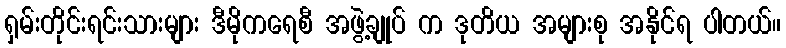
ရှမ်းတိုင်းရင်းသားများ ဒီမိုကရေစီ အဖွဲ့ချုပ် က ဒုတိယ အများစု အနိုင်ရ ပါတယ်။